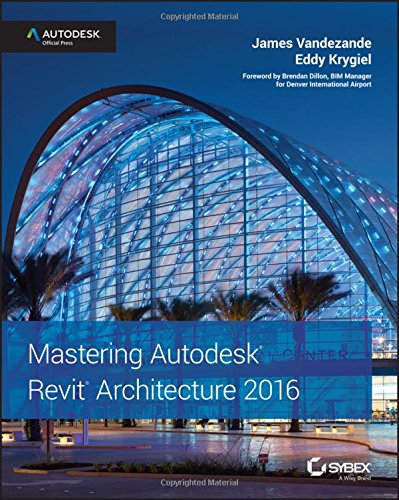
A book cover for Mastering Autodesk Revit Architecture 2016: Autodesk Official Press; James Vandezande; Engineering & Transportation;